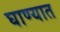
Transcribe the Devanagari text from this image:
घाण्यात